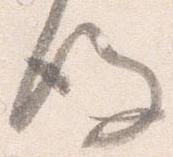
後